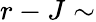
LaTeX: r-J\sim